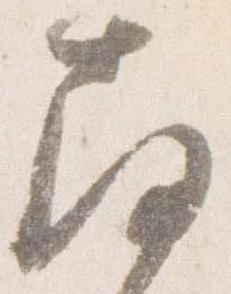
南